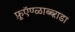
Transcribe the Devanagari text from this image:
फ़ूऍण्ळाब्ब्ऱाडा